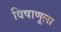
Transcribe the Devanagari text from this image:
विषाणूला